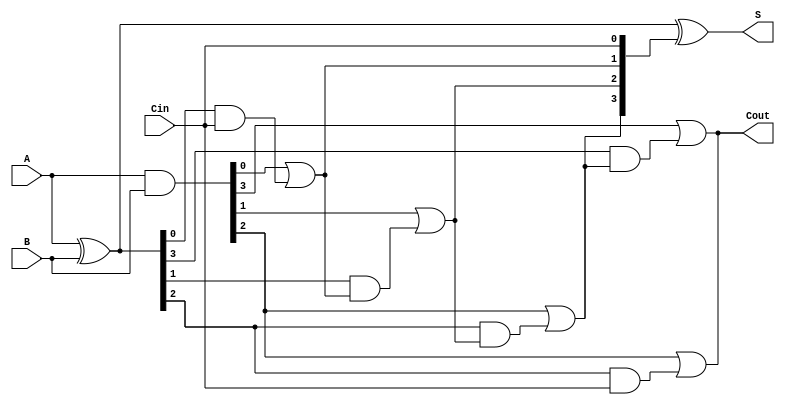
module KoggeStoneAdder #(
    parameter N = 4  // Number of bits in input A and B
)(
    input  [N-1:0] A,
    input  [N-1:0] B,
    input          Cin,
    output [N-1:0] S,
    output         Cout
);

    // Generate and propagate signals
    wire [N-1:0] G; // Generate
    wire [N-1:0] P; // Propagate
    wire [N:0] C;   // Carry signals

    // Compute Generate and Propagate
    assign G = A & B;
    assign P = A ^ B;

    // Carry signals initialization
    assign C[0] = Cin;

    // Compute carry signals
    genvar i, j, k;
    generate
        for (k = 0; k < N; k = k + 1) begin : carry_level
            for (i = 0; i < N; i = i + 1) begin : carry_generation
                if (k == 0) begin
                    // Level 0
                    if (i == 0) begin
                        assign C[i + 1] = G[i] | (P[i] & C[0]);
                    end else begin
                        assign C[i + 1] = G[i] | (P[i] & C[i]);
                    end
                end else begin
                    // Higher levels
                    if (i < (1 << k)) begin
                        assign C[i + (1 << (k + 1))] = G[i + (1 << k)] | (P[i + (1 << k)] & C[i]);
                    end
                end
            end
        end
    endgenerate

    // Compute sum
    assign S = P ^ {C[N-1:0]}; // Sum bits
    assign Cout = C[N]; // Final carry-out

endmodule